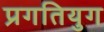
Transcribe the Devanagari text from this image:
प्रगतियुग